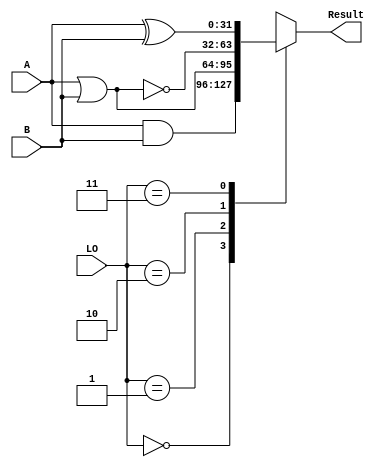
module LogicUnit	(input 		[31:0]	A, B,
			 input 		[1:0]	LO,
			 output reg	[31:0]	Result);

	reg [31:0] AND, OR, XOR, NOR;

	always @(*) begin
		AND <= A & B;
		OR  <= A | B;
		XOR <= A ^ B;
		NOR <= ~(A | B);

		case (LO)
			0: Result = AND;
			1: Result = OR;
			2: Result = NOR;
			3: Result = XOR;
			default: Result = 0;
		endcase
	end
endmodule